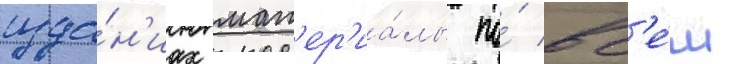
изда́н'иах мат'ер'иа́лы по́ вс'е́м